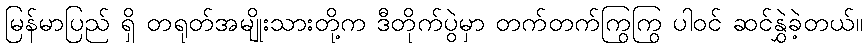
မြန်မာပြည် ရှိ တရုတ်အမျိုးသားတို့က ဒီတိုက်ပွဲမှာ တက်တက်ကြွကြွ ပါဝင် ဆင်နွှဲခဲ့တယ်။